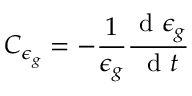
C _ { \epsilon _ { g } } = - \frac { 1 } { \epsilon _ { g } } \frac { \mathrm { ~ d ~ } \epsilon _ { g } } { \mathrm { ~ d ~ } t }